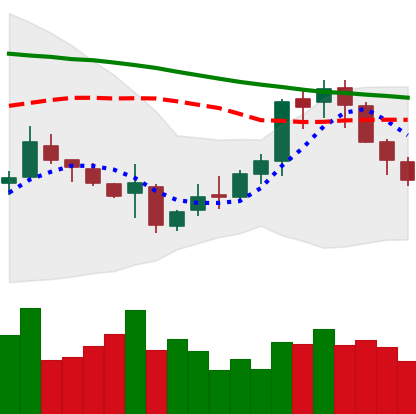
Ticker: XMR-USD
Chart end date: 2018-11-10
Forward return: -15.747%
Label: down_7plus